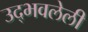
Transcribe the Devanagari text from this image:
उद्भवलेली